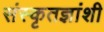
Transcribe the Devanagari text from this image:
संस्कृतज्ञांशी